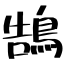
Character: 鵠